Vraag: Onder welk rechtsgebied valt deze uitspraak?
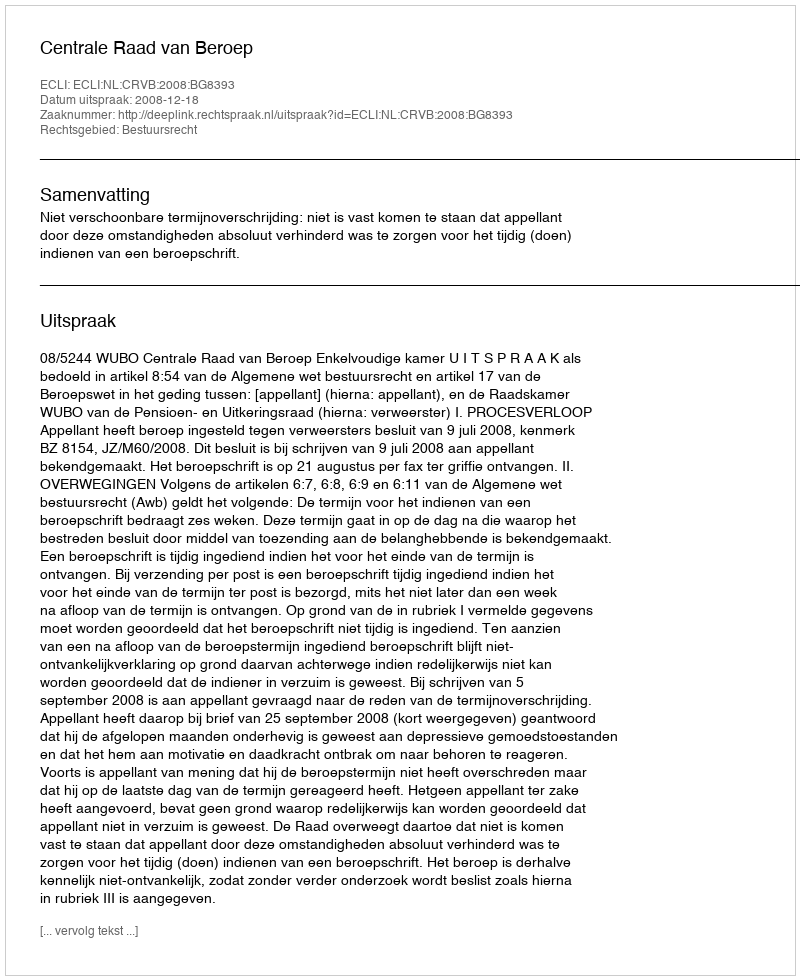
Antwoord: Bestuursrecht